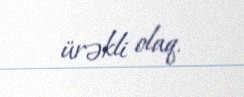
ürəkli olaq.